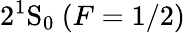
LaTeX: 2^{1}\mathrm{S}_{0}\ (F=1/2)